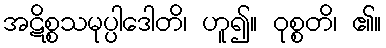
အဋိစ္စသမုပ္ပါဒေါတိ၊ ဟူ၍။ ဝုစ္စတိ၊ ၏။